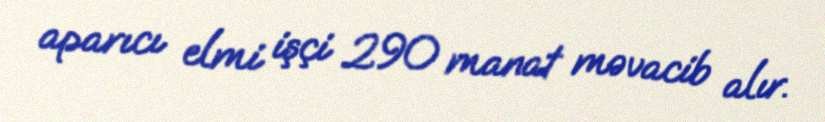
aparıcı elmi işçi 290 manat məvacib alır.